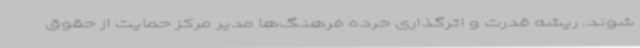
‌شوند. ریشه قدرت و اثرگذاری خرده فرهنگ‌ها مدیر مرکز حمایت از حقوق